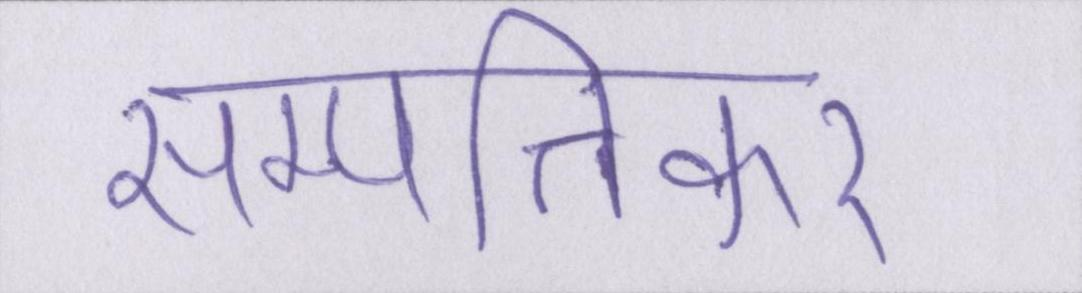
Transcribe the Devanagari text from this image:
सम्पत्तिकर